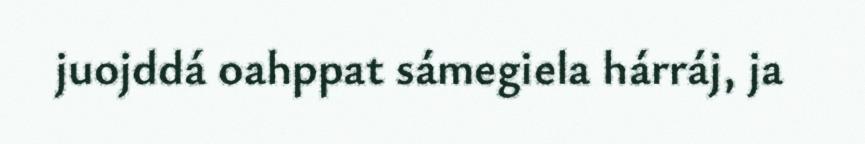
juojddá oahppat sámegiela hárráj, ja